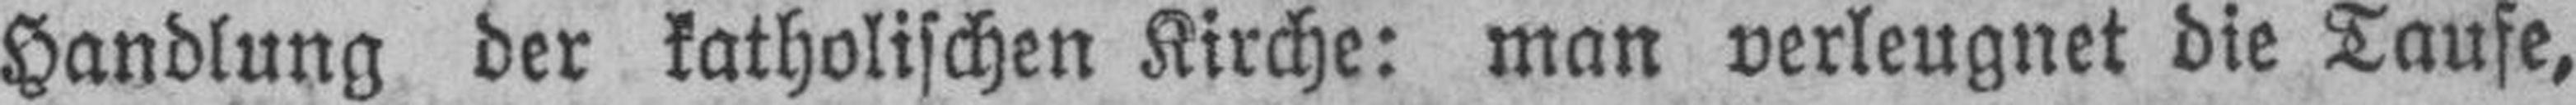
Handlung der katholischen Kirche: man verleugnet die Taufe,